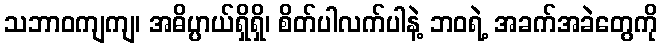
သဘာဝကျကျ၊ အဓိပ္ပာယ်ရှိရှိ၊ စိတ်ပါလက်ပါနဲ့ ဘဝရဲ့ အခက်အခဲတွေကို